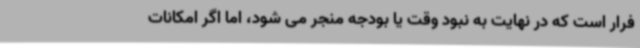
فرار است که در نهایت به نبود وقت یا بودجه منجر می شود، اما اگر امکانات